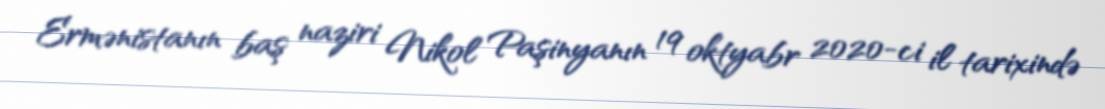
Ermənistanın baş naziri Nikol Paşinyanın 19 oktyabr 2020-ci il tarixində